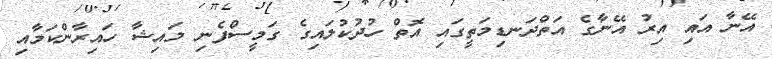
އޭނާ އައި އިރު އޭނާގެ އަތްދަނޑިމަތީގައި އޮތް ހުދުކުލައިގެ ގަމީސްފެނި މައިޝާ ހައިރާންކަމާއި